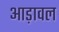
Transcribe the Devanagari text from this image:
आड़ावल